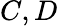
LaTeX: C,D